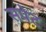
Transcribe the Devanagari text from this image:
सपेट